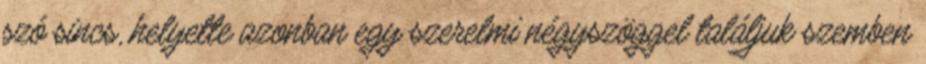
szó sincs, helyette azonban egy szerelmi négyszöggel találjuk szemben